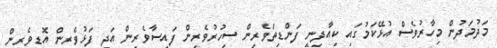
މަދުމަދުން މިހާރުވެސް އުޅޭކަމުގައި ކިއާދިނީ ފަންޑިތަވެރިން ސިހުރުވެރިން ފައިސާވެރިން އަދި ފަޅުވެރިން އޮޑިވެރިން